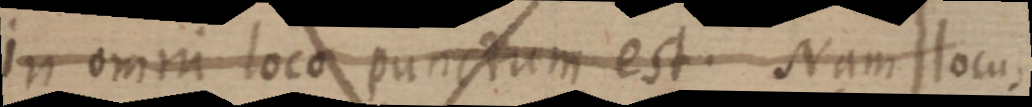
in omni loco punctum est. Nam locus